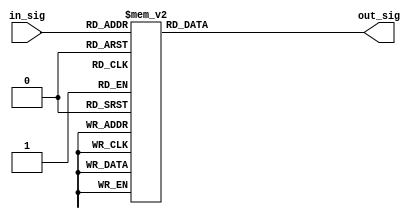
module decoder_4to16 (in_sig, out_sig); 

 
input [3:0] in_sig;
output reg [14:0] out_sig;

	always @(in_sig)
	begin
		case (in_sig)
			4'b0000  : out_sig <= 15'b000000000000000;
			4'b0001  : out_sig <= 15'b000000000000001;
			4'b0010  : out_sig <= 15'b000000000000010;
			4'b0011  : out_sig <= 15'b000000000000100;
			4'b0100  : out_sig <= 15'b000000000001000;
			4'b0101  : out_sig <= 15'b000000000010000;
			4'b0110  : out_sig <= 15'b000000000100000;
			4'b0111  : out_sig <= 15'b000000001000000;
			4'b1000  : out_sig <= 15'b000000010000000;
			4'b1001  : out_sig <= 15'b000000100000000;
			4'b1010  : out_sig <= 15'b000001000000000;
			4'b1011  : out_sig <= 15'b000010000000000;
			4'b1100  : out_sig <= 15'b000100000000000;
			4'b1101  : out_sig <= 15'b001000000000000;
			4'b1110  : out_sig <= 15'b010000000000000;
			4'b1111  : out_sig <= 15'b100000000000000;
			default  : out_sig <= 15'b000000000000000; 
		endcase
	end

endmodule